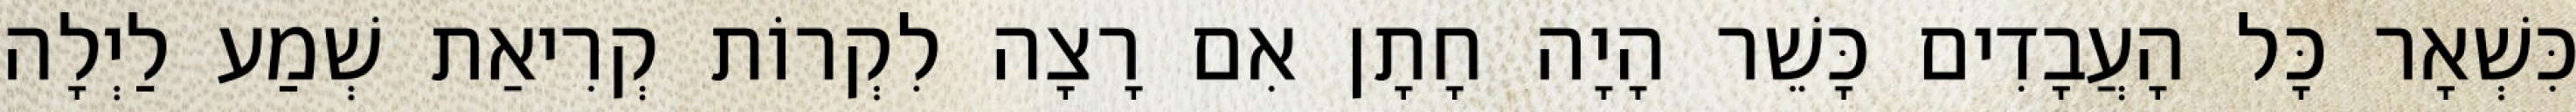
כִּשְׁאָר כָּל הָעֲבָדִים כָּשֵׁר הָיָה חָתָן אִם רָצָה לִקְרוֹת קְרִיאַת שְׁמַע לַיְלָה